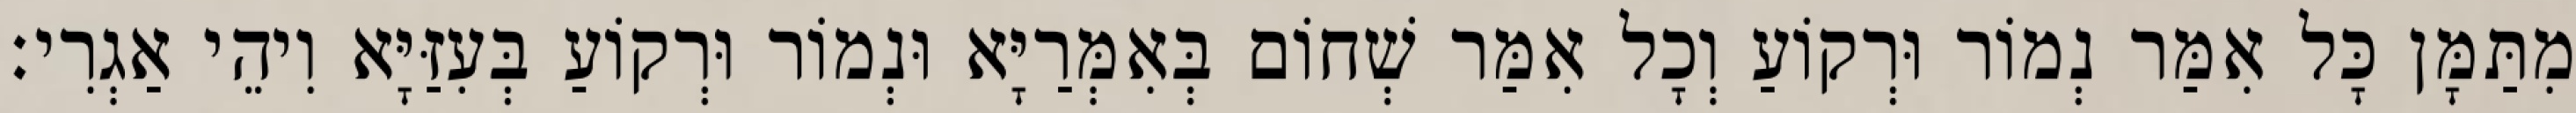
מִתַּמָּן כָּל אִמַּר נְמוֹר וּרְקוֹעַ וְכָל אִמַּר שְׁחוֹם בְּאִמְּרַיָּא וּנְמוֹר וּרְקוֹעַ בְּעִזַּיָּא וִיהֵי אַגְרִי׃